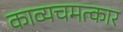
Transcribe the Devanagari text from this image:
काव्यचमत्कार